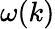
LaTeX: \omega(k)